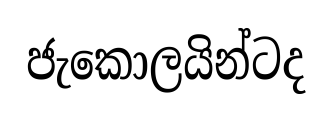
ජැකොලයින්ටද